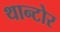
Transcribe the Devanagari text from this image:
थान्टोर